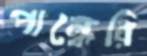
পান্ধেরি